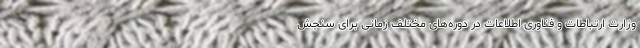
وزارت ارتباطات و فناوری اطلاعات در دوره‌های مختلف زمانی برای سنجش